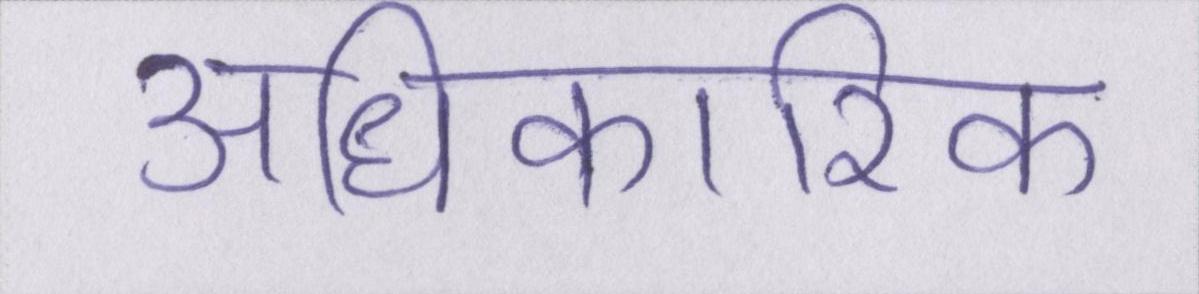
अधिकारिक